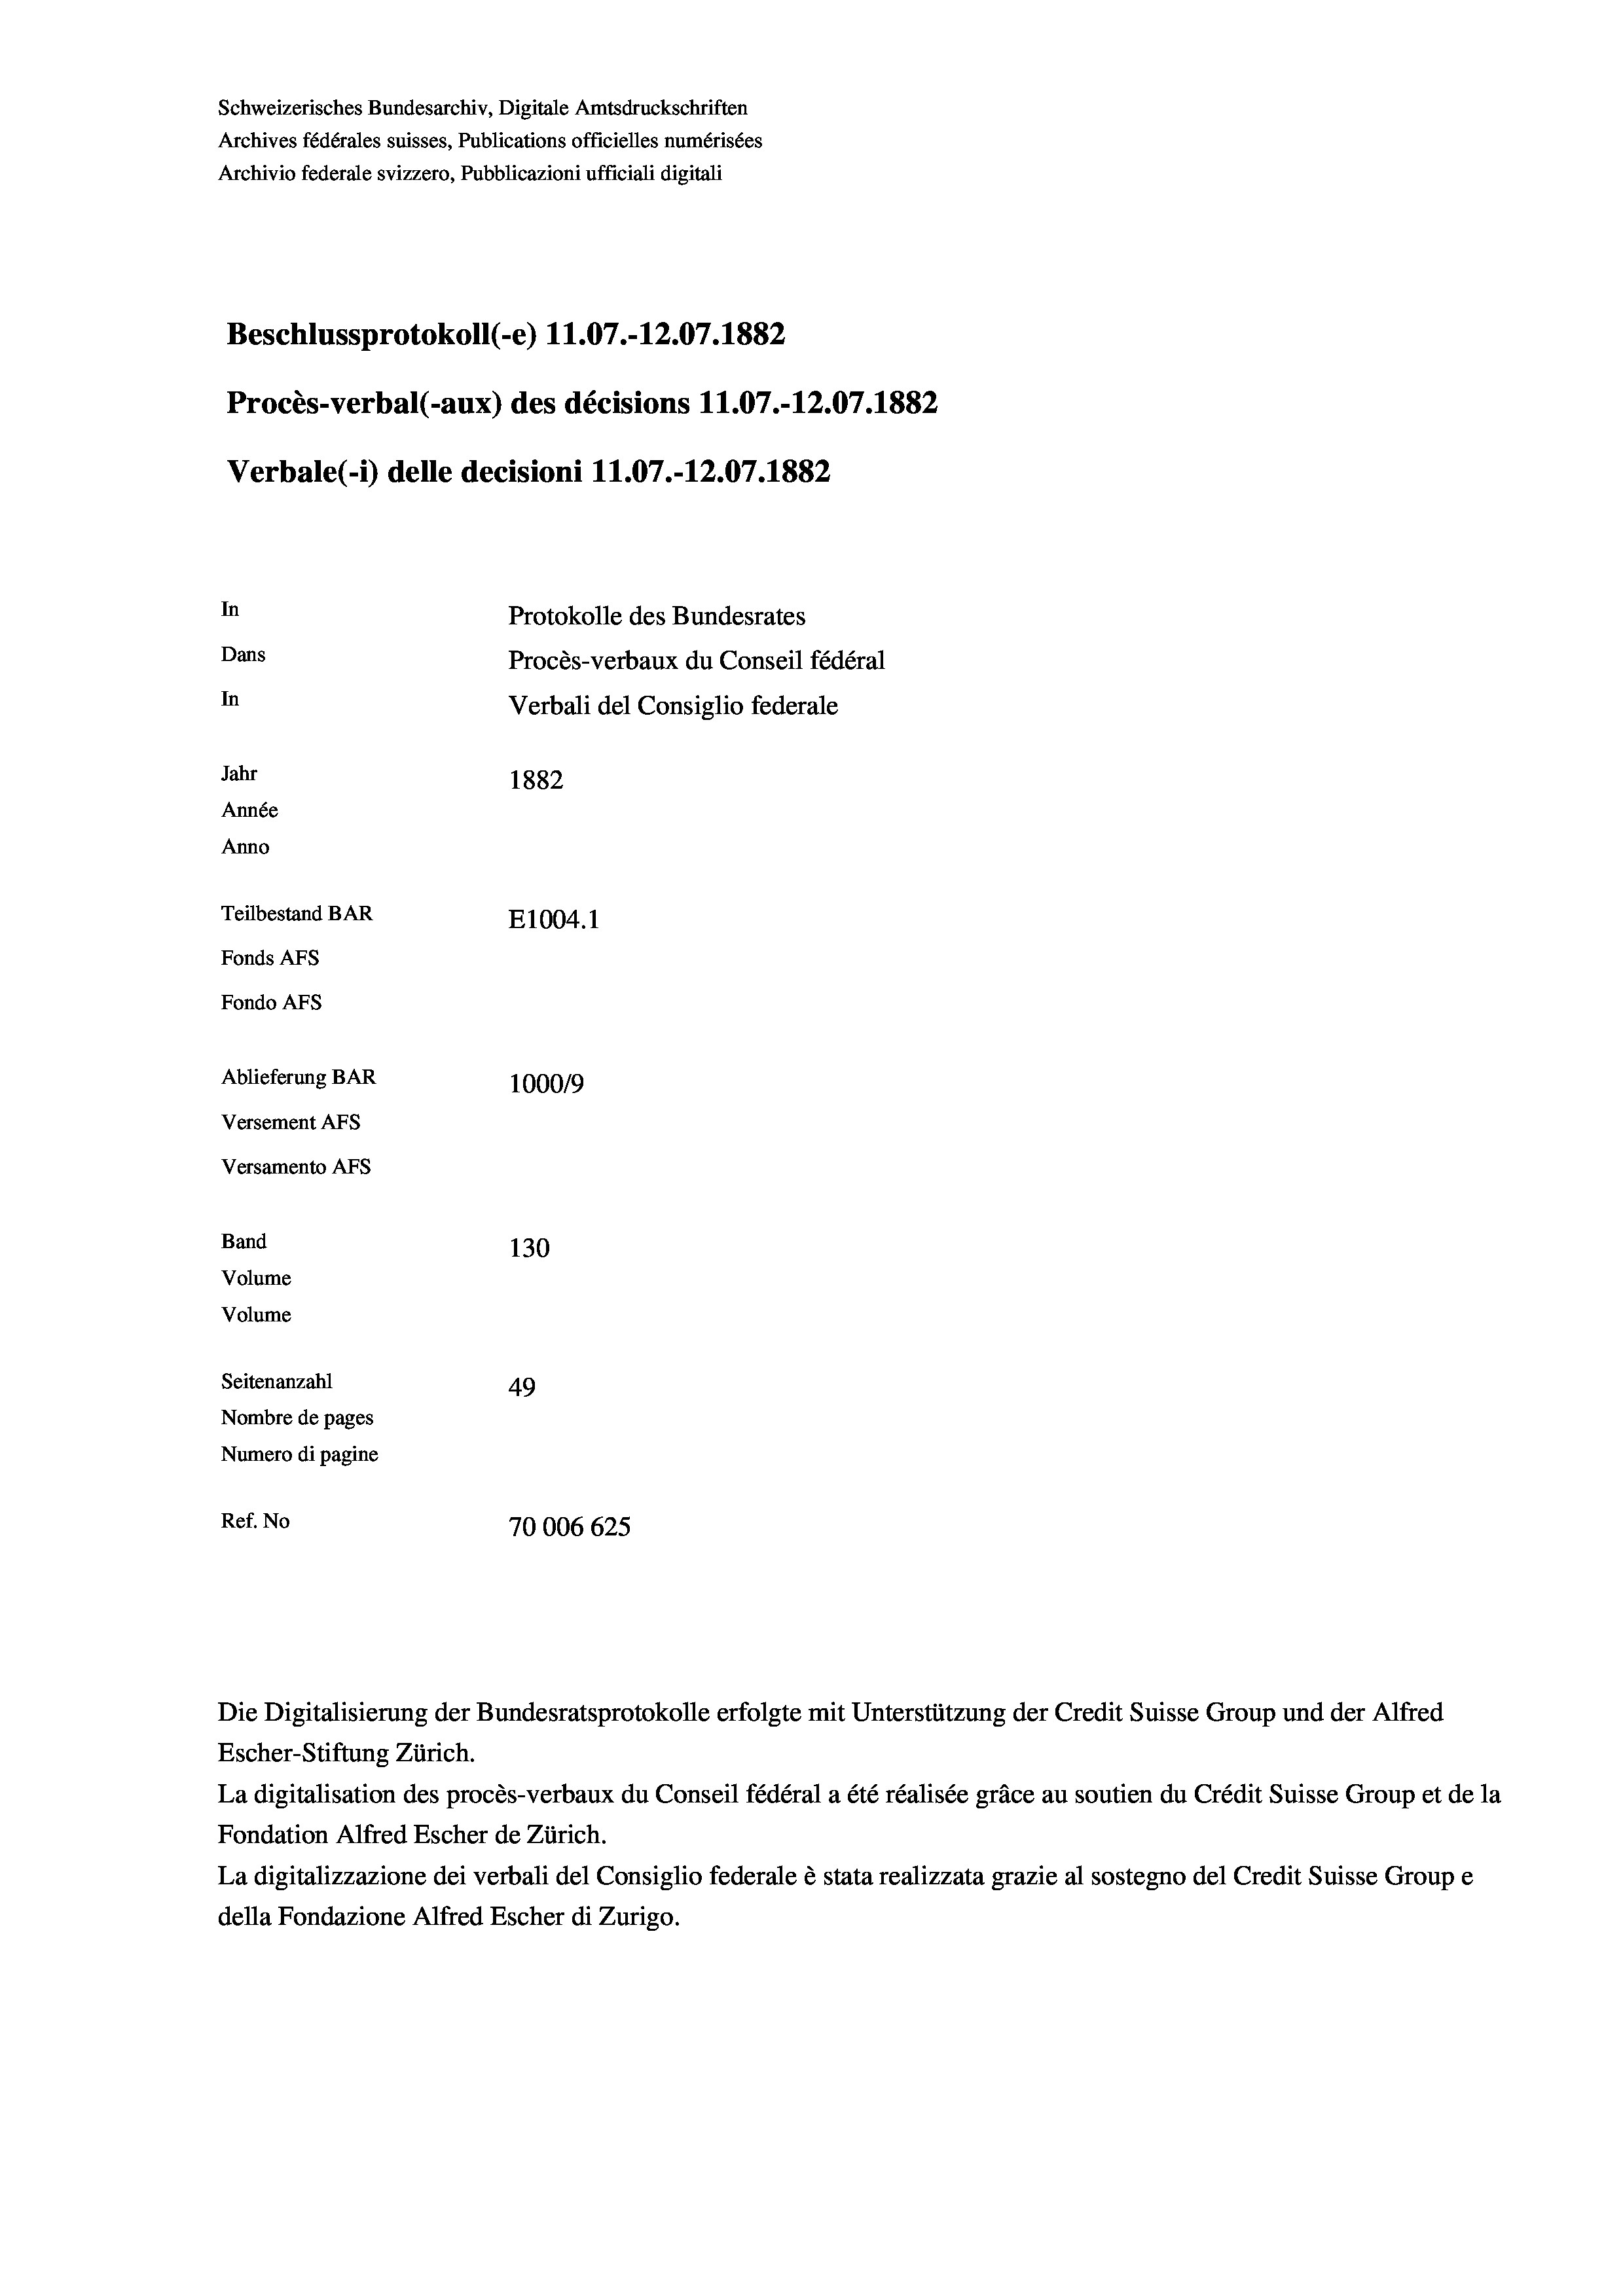
Schweizerisches Bundesarchiv, Digitale Amtsdruckschriften
Archives fédérales suisses, Publications officielles numérisées
Archivio federale svizzero, Pubblicazioni ufficiali digitali
Beschlussprotokoll (-e) 11.07.-12.07. 1882
Procès-verbal (-aux) des décisions 11.07.-12.07. 1882
Verbale (- 1) delle decisioni 11.07.-12.07. 1882
In
Protokolle des Bundesrates
Dans
Procès-verbaux du Conseil fédéral
In
Verbali del Consiglio federale
Jahr
1882
Année
Anno
Teilbestand BAR
E1004.1
Fonds AFs
Fondo AFs
Ablieferung BAR
100019
Versement AFs
Versamento Afs

130
Volume
Seitenanzahl
49
Nombre de pages
Numero di pagine
Ref. No
70006 625

Band
Volume

Escher-Stiftung Zürich.
La digitalisation des procès-verbaux du Conseil fédéral a été réalisée gräce au soutien du Crédit Suisse Group et de la
Fondation Alfred Escher de Zürich.
La digitalizzazione dei verbali del Consiglio federale è stata realizzata grazie al sostegno del Credit Suisse Groupe
della Fondazione Alfred Escher di Zurigo.

Die Digitalisierung der Bundesratsprotokolle erfolgte mit Unterstützung der Credit Suisse Group und der Alfred